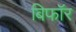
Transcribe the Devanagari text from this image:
बिफाॅर